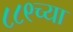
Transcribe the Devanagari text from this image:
८८९च्या